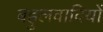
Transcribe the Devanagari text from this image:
बहुलवादियों